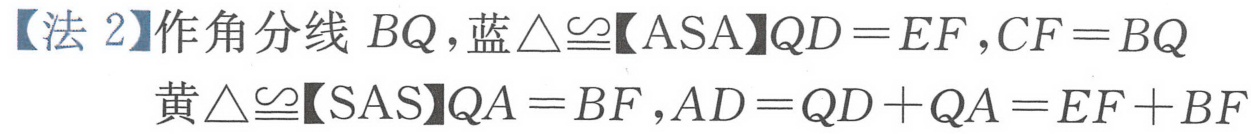
【法 2】作角分线 \(BQ\)，蓝\(\triangle\cong\)【ASA】\(QD = EF\)，\(CF = BQ\)
黄\(\triangle\cong\)【SAS】\(QA = BF\)，\(AD = QD + QA = EF + BF\)